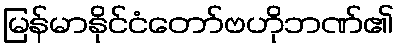
မြန်မာနိုင်ငံတော်ဗဟိုဘဏ်၏